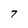
Character: 7